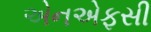
એનએફસી